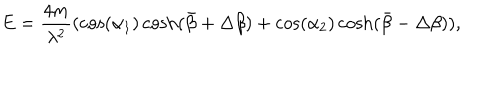
LaTeX: E = \frac { 4 m } { \lambda ^ { 2 } } ( \cos ( \alpha _ { 1 } ) \cosh ( \bar { \beta } + \Delta \beta ) + \cos ( \alpha _ { 2 } ) \cosh ( \bar { \beta } - \Delta \beta ) ) ,